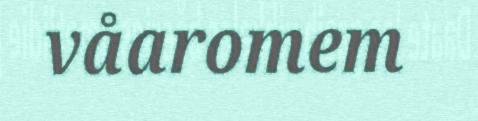
våaromem